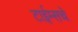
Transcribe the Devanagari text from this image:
टाईम्सचे